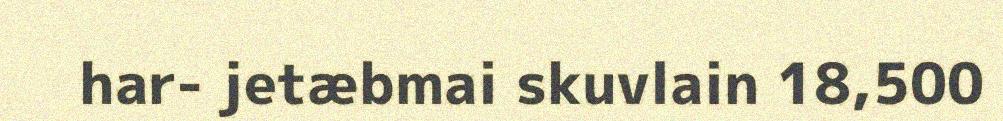
har- jetæbmai skuvlain 18,500